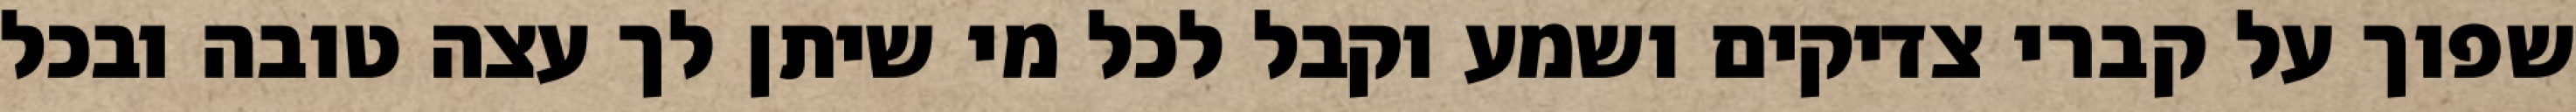
שפוך על קברי צדיקים ושמע וקבל לכל מי שיתן לך עצה טובה ובכל